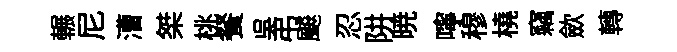
輾尼漕桀桃餐吳弔飇忍阱暁嚀穆橈竊歛轉